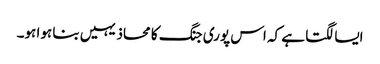
ایسا لگتا ہے کہ اس پوری جنگ کا محاذ یہیں بنا ہوا ہو۔